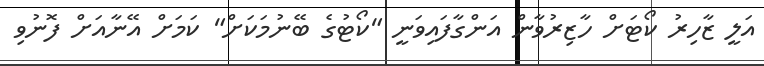
އަލީ ޒާހިރު ކޯޓަށް ހާޒިރުވާން އަންގާފައިވަނީ "ކޯޓުގެ ބޭނުމަކަށް" ކަމަށް އޭނާއަށް ފޮނުވި